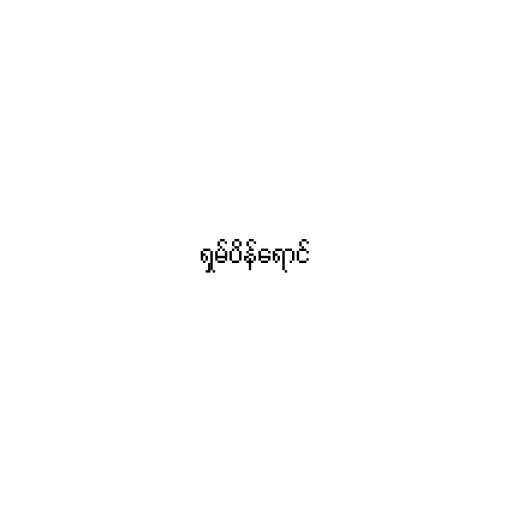
ရှမ်ပိန်ရောင်